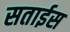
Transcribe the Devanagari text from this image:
सताईस